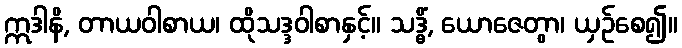
ဣဒါနိ, တာယဝါစာယ၊ ထိုသဒ္ဒဝါစာနှင့်။ သဒ္ဓိံ, ယောဇေတွာ၊ ယှဉ်စေ၍။